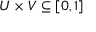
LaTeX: U \times V \subseteq [ 0 , 1 ]